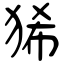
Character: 狶